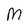
Character: M